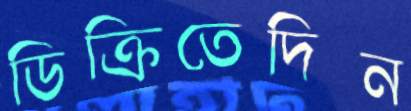
ডিক্রিতেদিন